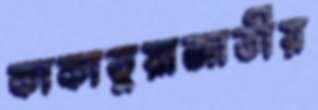
কাকাতুয়াজাতীয়